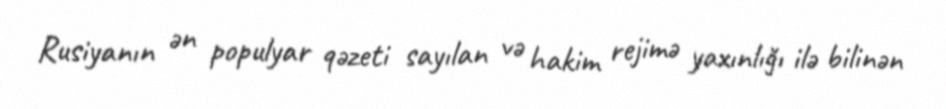
Rusiyanın ən populyar qəzeti sayılan və hakim rejimə yaxınlığı ilə bilinən